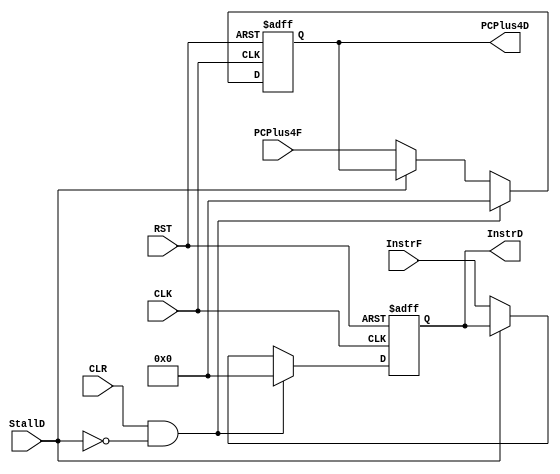
module FetchToDecode_REG
(
    input       wire                CLK,
    input       wire                RST,
    input       wire   [31:0]       PCPlus4F,
    input       wire   [31:0]       InstrF,
    input       wire                StallD,
    input       wire                CLR,
    output      reg   [31:0]        PCPlus4D,
    output      reg   [31:0]        InstrD
);

always @(posedge CLK or negedge RST) 
begin
    if(!RST)
        begin
            PCPlus4D <= 0;
            InstrD   <= 0;
        end
    else if (CLR && !StallD)
        begin
            PCPlus4D <= 0;
            InstrD   <= 0;
        end
    else  if (!StallD)
        begin
            PCPlus4D <= PCPlus4F;
            InstrD   <= InstrF;
        end    
end

endmodule